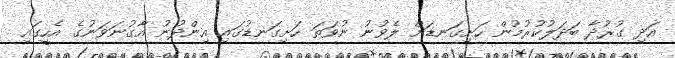
އަދި ގުރުދާ ބަދަލުކުރުމުން ހަށިގަނޑަށް ލެވުނު ނުވަތަ ހަށިގަނޑުގައި އިންދުނު އާގުނަވަނުގެ އެހީގައި